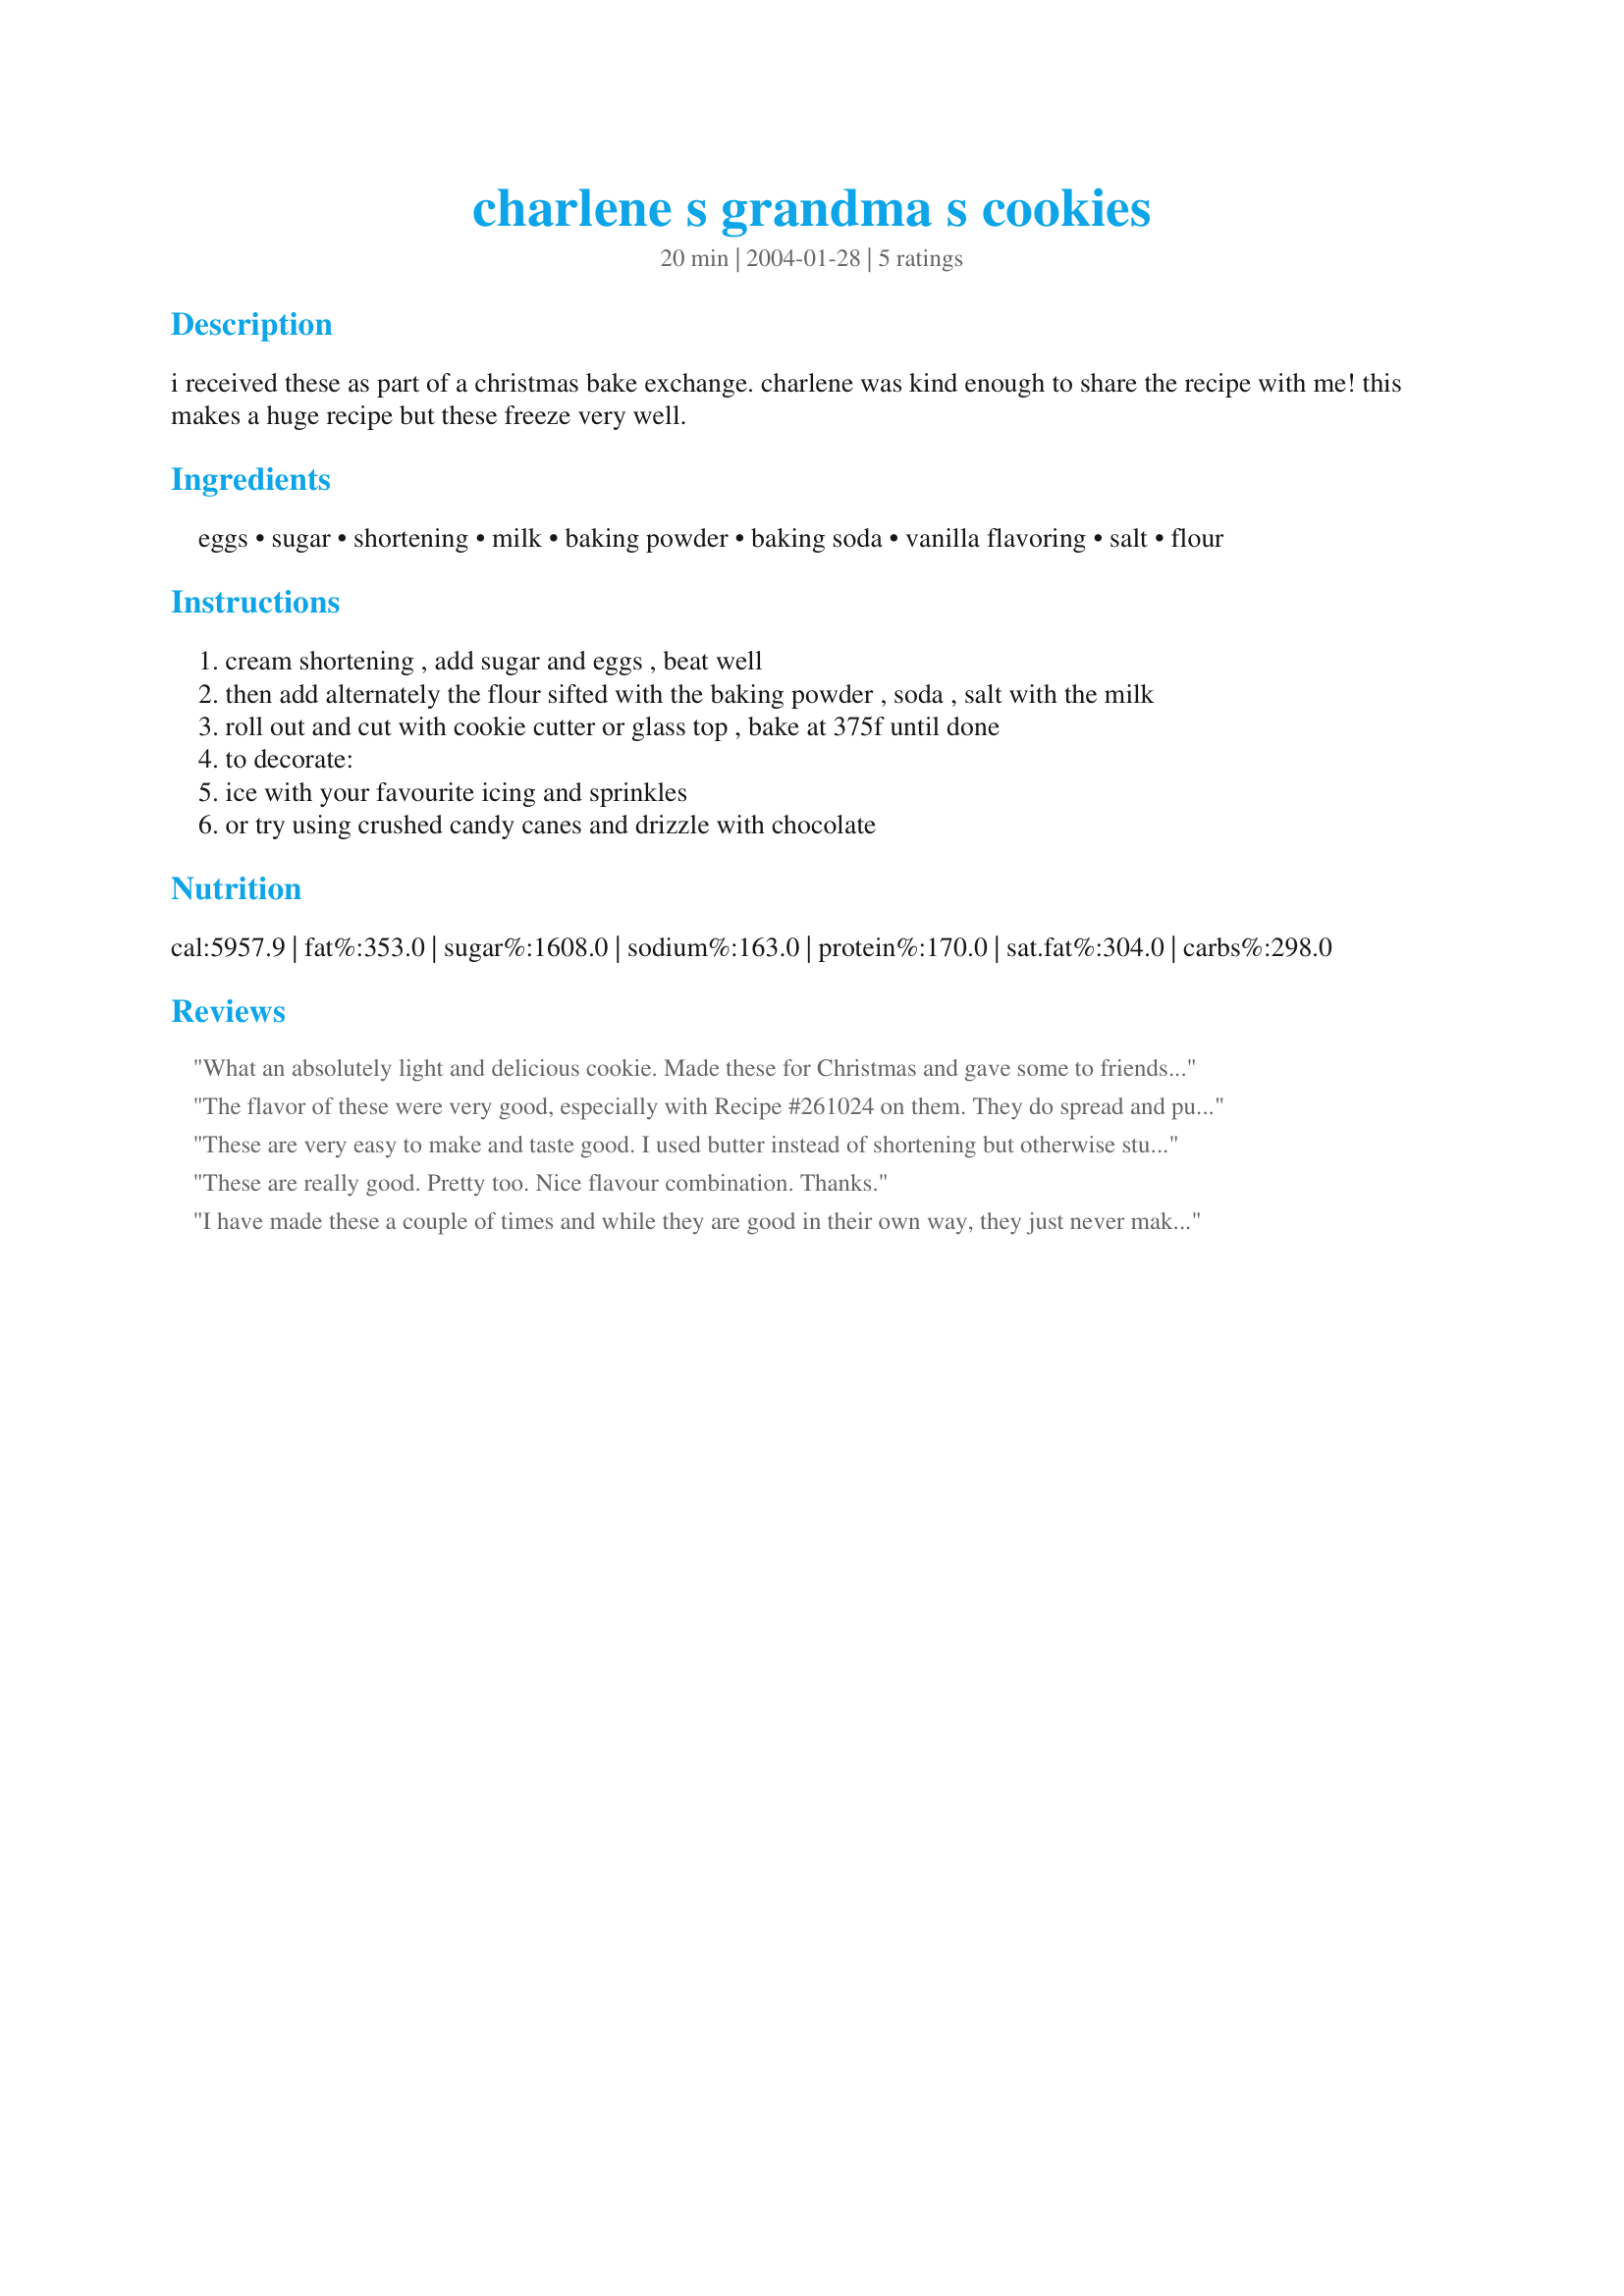
charlene s grandma s cookies
Preparation time: 20 minutes

i received these as part of a christmas bake exchange. charlene was kind enough to share the recipe with me! this makes a huge recipe but these freeze very well.

Ingredients:
eggs, sugar, shortening, milk, baking powder, baking soda, vanilla flavoring, salt, flour

Steps:
cream shortening , add sugar and eggs , beat well
then add alternately the flour sifted with the baking powder , soda , salt with the milk
roll out and cut with cookie cutter or glass top , bake at 375f until done
to decorate:
ice with your favourite icing and sprinkles
or try using crushed candy canes and drizzle with chocolate

Reviews:
What an absolutely light and delicious cookie. Made these for Christmas and gave some to friends and still had plenty to serve to guests that came to the house. I separated the dough into 2 bowls and flavoured one with lemon and the other with almond and then decorated them using Recipe #89751 (Really Easy & Good Buttercream Icing) in festive colors. These have found a home in my favorite cookie recipe book. Was good of you to share this one, Pamela in Winnipeg. 

The flavor of these were very good, especially with Recipe #261024 on them. They do spread and puff up quite a bit so I recommend using a smallish cookie cutter. I used a Christmas tree shaped one and they turned out HUGE. The kids all like the big cookies, but several of the adults didn't want to take them because they were so large. If you are going to have them on a Christmas tray, smaller is definitely better. ;)
These are very easy to make and taste good. I used butter instead of shortening but otherwise stuck to the recipe. They took about 10 minutes and I used melted chocolate and coloured sprinkles for decoration. Thanks for sharing.
These are really good. Pretty too. Nice flavour combination. Thanks.
I have made these a couple of times and while they are good in their own way, they just never make me inspired to make them a member of the permanent recipe collection. I find them just a little too spongy, almost a slightly more solid scone. I may be biased though, I am looking for the a recipe that replicates the round frosted cookies with sprinkles that are sold in plastic "clam shells" or the large round ones with pink frosting sold individually wrapped at convenience stores.
